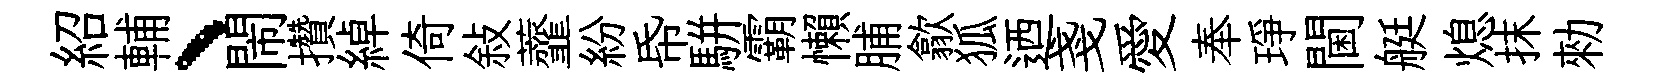
紹輔、閙攢綽倚敍虀紛帋駢霸懶脯歙狐迺戔愛奉琤閫艇熄抹勑